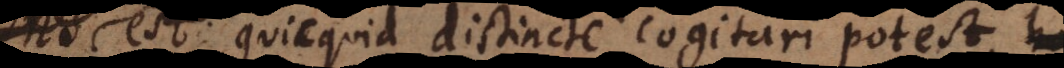
est quicquid distincte cogitari potest,